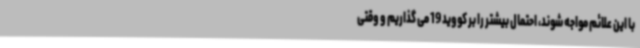
با این علائم مواجه شوند، احتمال بیشتر را بر کووید 19 می گذاریم و وقتی